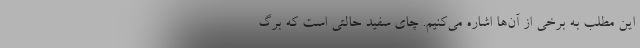
این مطلب به برخی از آن‌ها اشاره می‌کنیم. چای سفید حالتی است که برگ